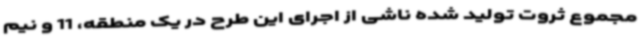
مجموع ثروت تولید شده ناشی از اجرای این طرح در یک منطقه، 11 و نیم